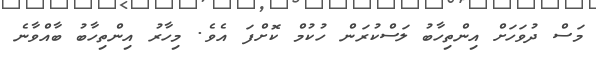
މަސް ދުވަހަށް އިންތިހާބު ލަސްކުރަން ހުކުމް ކޮށްފަ އެވެ. މިހާރު އިންތިހާބު ބާއްވާނެ